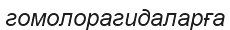
гомолорагидаларға